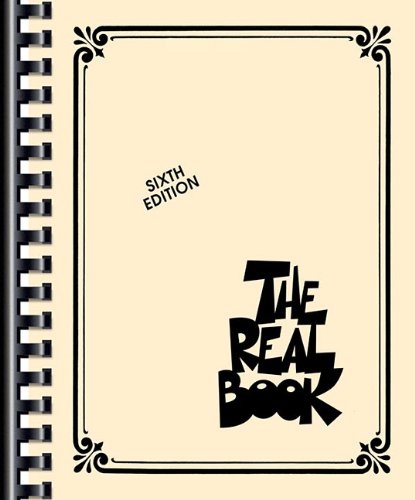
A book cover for The Real Book: Sixth Edition; Hal Leonard Corporation; Humor & Entertainment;